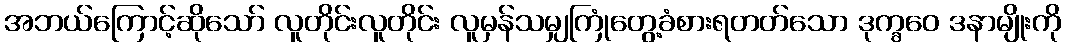
အဘယ်ကြောင့်ဆိုသော် လူတိုင်းလူတိုင်း လူမှန်သမျှကြုံတွေ့ခံစားရတတ်သော ဒုက္ခဝေ ဒနာမျိုးကို